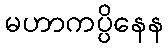
မဟာကပ္ပိနေန